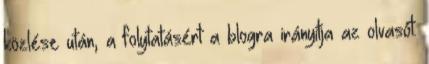
közlése után, a folytatásért a blogra irányítja az olvasót.